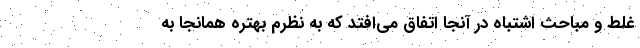
غلط و مباحث اشتباه در آنجا اتفاق می‌افتد که به نظرم بهتره همانجا به